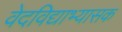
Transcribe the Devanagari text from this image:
वेदविद्याभ्यासक